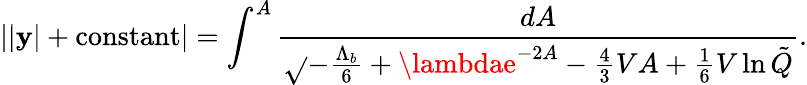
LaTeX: ||\mathbf{y}|+\mathrm{{constant}}|=\int^{A}\frac{{dA}}{{\sqrt{}{{-\frac{{\Lambda_{b}}}{{6}}+\lambdae^{-2A}-\frac{4}{3}VA+\frac{1}{6}V\ln\tilde{{Q}}}}}}.